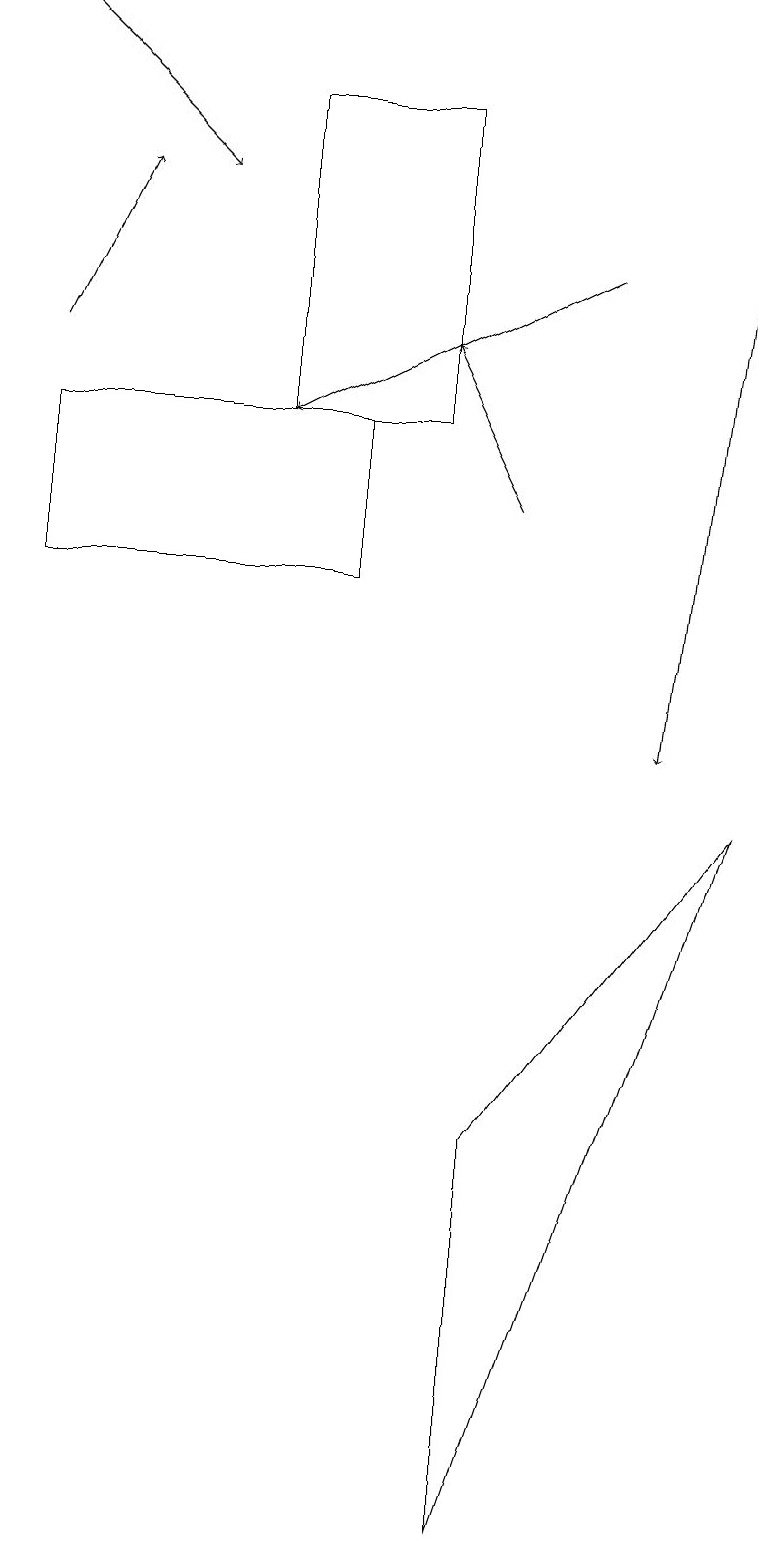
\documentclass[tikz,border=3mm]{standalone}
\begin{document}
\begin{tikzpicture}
\draw (6,0) -- (9,9) -- (6,5) -- cycle;
\draw[->] (0,15) -- (1,17);
\draw (0,14) rectangle (4,12);
\draw[->] (7,16) -- (3,14);
\draw[->] (0,19) -- (2,17);
\draw[->] (6,13) -- (5,15);
\draw[->] (9,18) -- (8,10);
\draw (5,18) rectangle (3,14);
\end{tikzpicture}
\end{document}